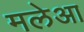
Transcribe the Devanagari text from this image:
मलेआ